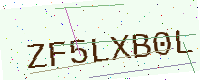
Text: ZF5LXB0L